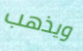
ويذهب